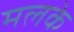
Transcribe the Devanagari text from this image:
मलके